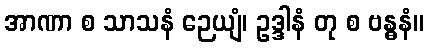
အာဏာ စ သာသနံ ဉေယျံ၊ ဥဒ္ဒါနံ တု စ ဗန္ဓနံ။